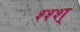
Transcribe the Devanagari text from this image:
श्श्श्